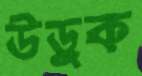
উড়ুক